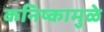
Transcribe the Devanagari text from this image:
कनिष्कामुळे